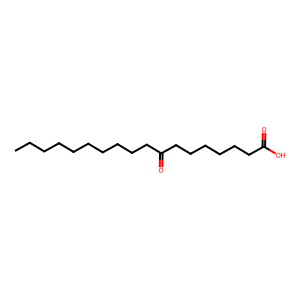
SMILES: CCCCCCCCCCC(=O)CCCCCCC(=O)O
Inhibits HIV replication: No